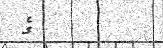
ގެ